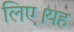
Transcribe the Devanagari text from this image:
लिए।यह